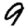
Digit: 9